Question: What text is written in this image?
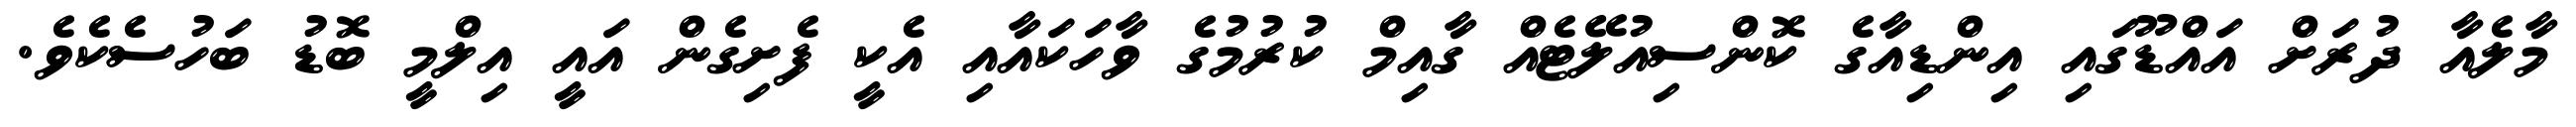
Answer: މާލެއާ ދުރަށް އައްޑޫގައި އިންޑިއާގެ ކޮންސިއުލޭޓެއް ގާއިމް ކުރުމުގެ ވާހަކައާއި އެކީ ފެށިގެން އައީ އިލްމީ ބޮޑު ބަހުސެކެވެ.